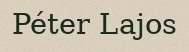
Péter Lajos